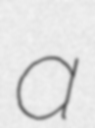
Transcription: a